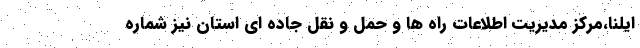
ایلنا،مرکز مدیریت اطلاعات راه ها و حمل و نقل جاده ای استان نیز شماره